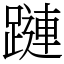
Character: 蹥